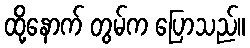
ထို့နောက် တွမ်က ပြောသည်။